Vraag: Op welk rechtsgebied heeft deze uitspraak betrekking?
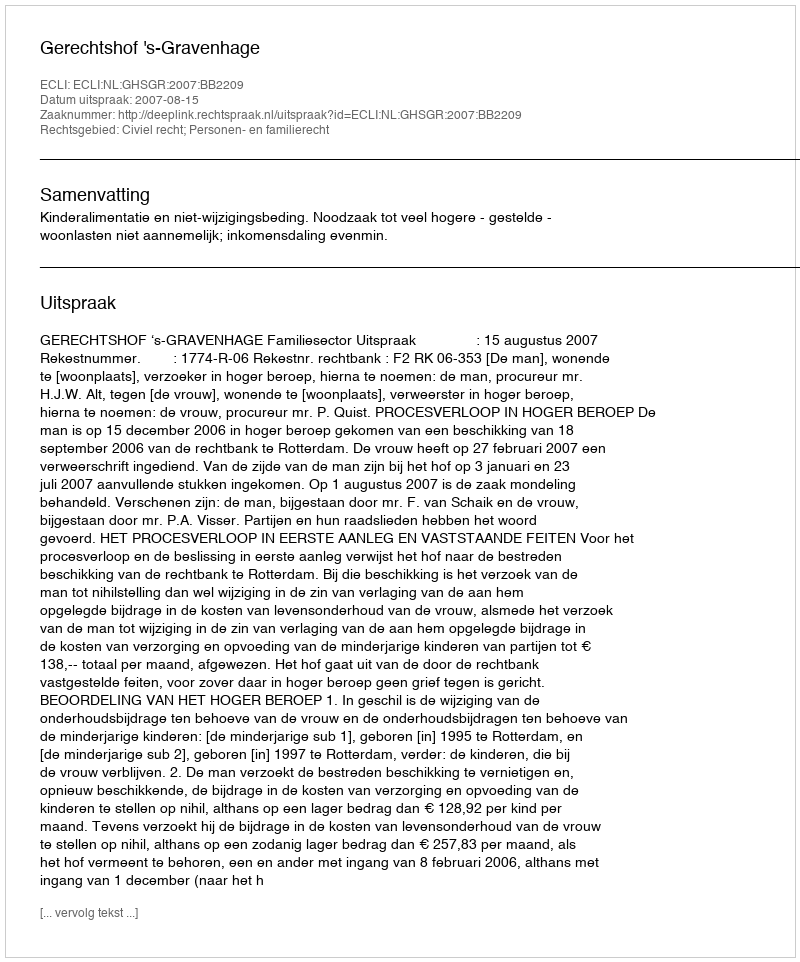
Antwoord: Civiel recht; Personen- en familierecht